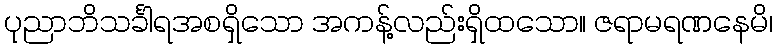
ပုညာဘိသင်္ခါရအစရှိသော အကန့်လည်းရှိထသော။ ဇရာမရဏနေမိ၊